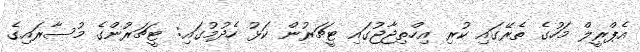
އެޕްރީލް މަހުގެ ތެރޭގައި ކުރި އިހްތިޖާޖުގައި ޓީޗަރުން ކަޅު ހެދުމުގައި: ޓީޗަރުންގެ މުސާރައިގެ